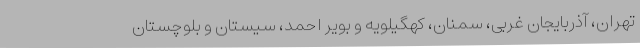
تهران، آذربایجان غربی، سمنان، کهگیلویه و بویر احمد، سیستان و بلوچستان